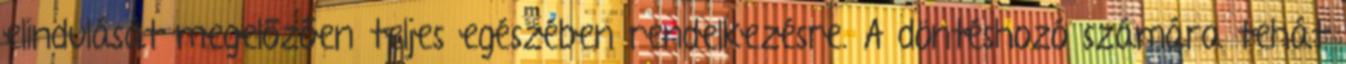
elindulását megelőzően teljes egészében rendelkezésre. A döntéshozó számára tehát